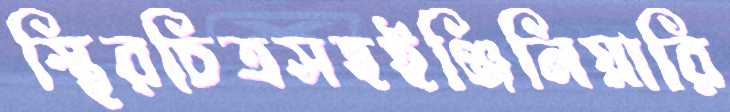
স্থিরচিত্রসহইঞ্জিনিয়ারি